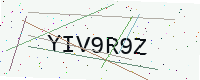
Text: YIV9R9Z